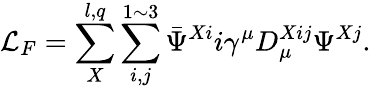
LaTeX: {\cal L}_{F}=\sum_{X}^{l,q}\sum_{i,j}^{1\sim 3}\bar{\Psi}^{Xi}i\gamma^{\mu}D_{\mu}^{Xij}\Psi^{Xj}.